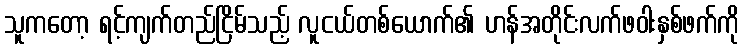
သူကတော့ ရင့်ကျက်တည်ငြိမ်သည့် လူငယ်တစ်ယောက်၏ ဟန်အတိုင်းလက်ဖဝါးနှစ်ဖက်ကို